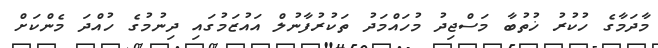
މާދަމާގެ ހުކުރު ޚުތުބާ މަސްޖިދު މުހައްމަދު ތަކުރުފާނުލް އައުޒަމުގައި ދިނުމުގެ ހުއްދަ މެންކަށް